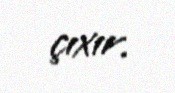
çıxır.